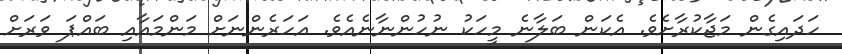
ހަދައިގެން މަޖާކުރާށެވެ. އެކަން ބަލާނެ މީހަކު ނުހުންނާނެއެވެ. އަހަރެންނަށް މަންމައާއި ބައްޕަ ވަރަށް